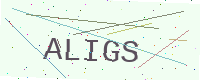
Text: ALIGS